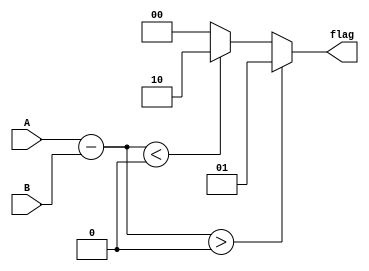
module unsigned_comparator (
    input [7:0] A,
    input [7:0] B,
    output [1:0] flag
);

reg [7:0] difference;

// Adder/Subtractor block
always @* begin
    difference = A - B;
end

// Comparator block
always @* begin
    if (difference > 0) begin
        flag = 2'b01; // A is greater than B
    end else if (difference < 0) begin
        flag = 2'b10; // A is less than B
    end else begin
        flag = 2'b00; // A is equal to B
    end
end

endmodule